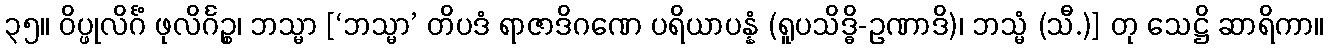
၃၅။ ဝိပ္ဖုလိင်္ဂံ ဖုလိင်္ဂဉ္စ၊ ဘသ္မာ [‘ဘသ္မာ’ တိပဒံ ရာဇာဒိဂဏေ ပရိယာပန္နံ (ရူပသိဒ္ဓိ-ဥဏာဒိ)၊ ဘသ္မံ (သီ.)] တု သေဋ္ဌိ ဆာရိကာ။